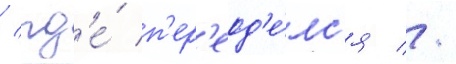
/ гд'е́ п'ер'еод'е́лс'я //